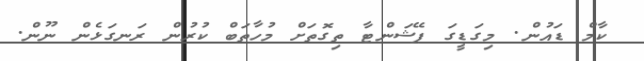
ކާމް ޑައުން. މިގަޑީގަ ޕޭޝަންޓާ ތިގޮތަށް މުހާތަބް ކުރުން ރަނގަޅެން ނޫން.